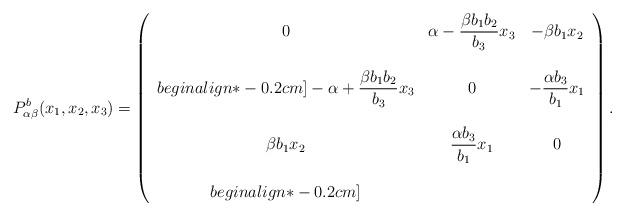
LaTeX: \begin{align*}P_{\alpha\beta}^{b}(x_{1},x_{2}, x_{3})= \left (\begin{array}{ccc}0 & \alpha-\dfrac{\beta b_{1} b_{2}}{b_{3}} x_{3}& - \beta b_{1}x_{2}\\ \\begin{align*}-0.2cm]-\alpha+\dfrac{\beta b_{1} b_{2}}{b_{3}} x_{3} & 0 & -\dfrac{\alpha b_{3}}{b_{1}} x_{1}\\ \\\beta b_{1}x_{2}& \dfrac{\alpha b_{3}}{b_{1}} x_{1} &0\\ \\begin{align*}-0.2cm]\end{array}\right ).\end{align*}